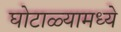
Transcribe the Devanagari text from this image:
घोटाळ्यामध्ये